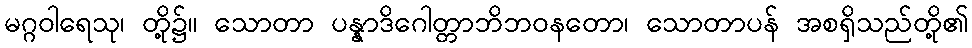
မဂ္ဂဝါရေသု၊ တို့၌။ သောတာ ပန္နာဒိဂေါတ္တာဘိဘဝနတော၊ သောတာပန် အစရှိသည်တို့၏